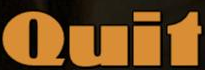
Quit